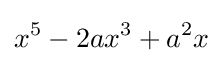
x^{5}-2ax^{3}+a^{2}x